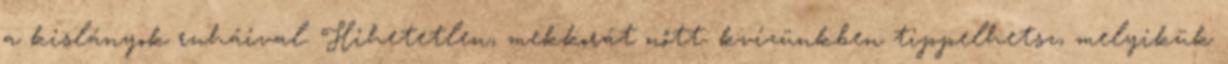
a kislányok ruháival. Hihetetlen, mekkorát nőtt: kvízünkben tippelhetsz, melyikük